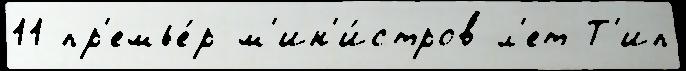
11 пр'емье́р-м'ин'и́стров л'ет Т'ип